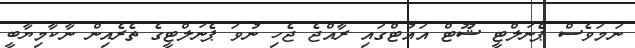
ނަމަވެސް ޕެނަލްޓީ ޝޫޓް އައުޓްގައި ރާއްޖެ ޖެހި ނުވަ ޕެނަލްޓީގެ ތެރެއިން ނާކާމިޔާބީ